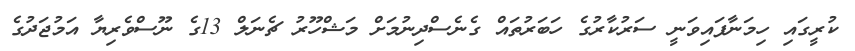
ކުރީގައި ހިމަނާފައިވަނީ ސަރުކާރުގެ ހަބަރުތައް ގެނެސްދިނުމަށް މަޝްހޫރު ޗެނަލް 13ގެ ނޫސްވެރިޔާ އަމުޖަދުގެ